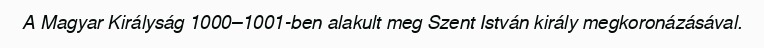
A Magyar Királyság 1000–1001-ben alakult meg Szent István király megkoronázásával.